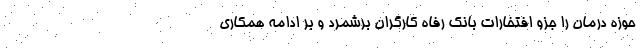
حوزه درمان را جزو افتخارات بانک رفاه کارگران برشمرد و بر ادامه همکاری